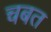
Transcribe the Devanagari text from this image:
चबत